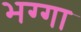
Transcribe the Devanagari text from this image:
भग्गा